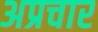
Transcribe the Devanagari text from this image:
अप्रचार